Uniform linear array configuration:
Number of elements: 48
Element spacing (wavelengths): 0.25
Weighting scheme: exponential
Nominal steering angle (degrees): -45
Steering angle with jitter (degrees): -44.07
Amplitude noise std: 0.05
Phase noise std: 0.05

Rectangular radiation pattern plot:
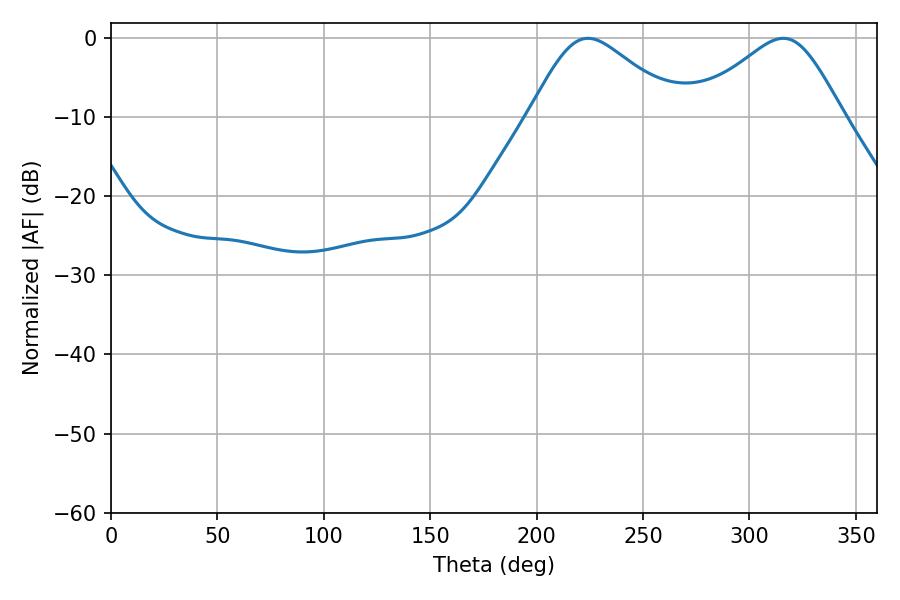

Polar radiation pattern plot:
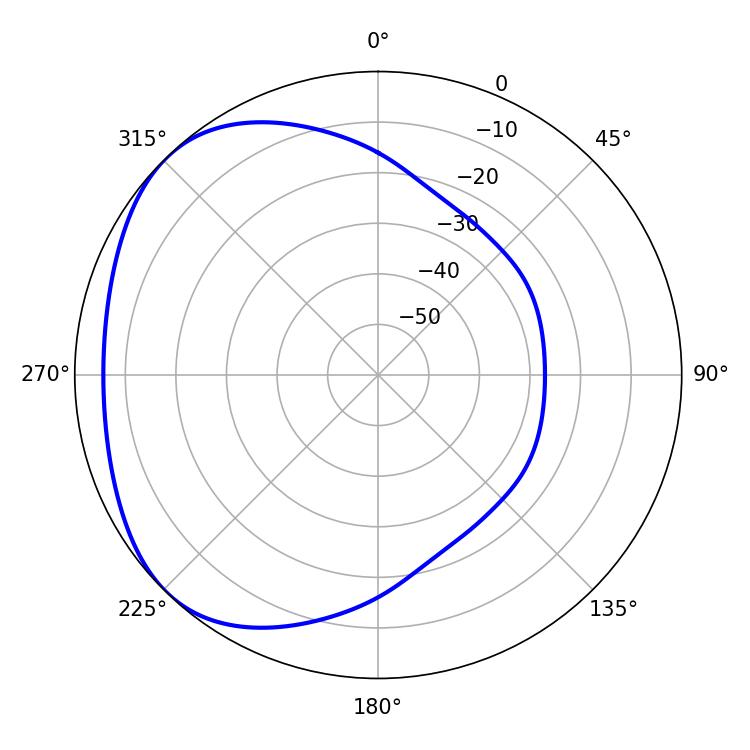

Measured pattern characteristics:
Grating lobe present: FALSE
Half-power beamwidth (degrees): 34.74
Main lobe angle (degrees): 224.1